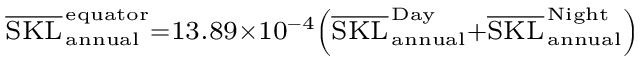
\scriptstyle \overline { { \mathrm { S K L } } } _ { \, \mathrm { a n n u a l } } ^ { \, \mathrm { e q u a t o r } } = 1 3 . 8 9 \times 1 0 ^ { - 4 } \left( \overline { { \mathrm { S K L } } } _ { \, \mathrm { a n n u a l } } ^ { \, \mathrm { D a y } } + \overline { { \mathrm { S K L } } } _ { \, \mathrm { a n n u a l } } ^ { \, \mathrm { N i g h t } } \right)